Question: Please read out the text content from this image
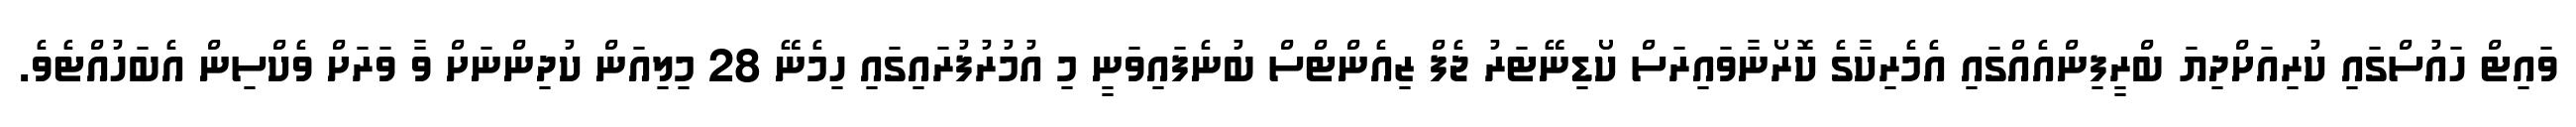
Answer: ވައިޓް ހައުސްގައި ކުރިއަށްދިޔަ ބްރީފިންއެއްގައި އެމެރިކާގެ ކޮރޯނާވައިރަސް ކޯޑިނޭޓަރު ޖެފް ޒިއެންޓްސް ބުނެފައިވަނީ މި އުމުރުފުރައިގައި ހިމެނޭ 28 މިލިއަން ކުދިންނަށް ވާ ވަރަށް ވެކްސިން އެބަހުއްޓެވެ.